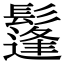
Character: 鬔